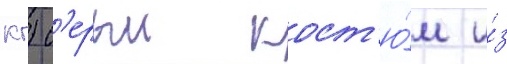
кг) с'ерыи кост'ю́м и́з